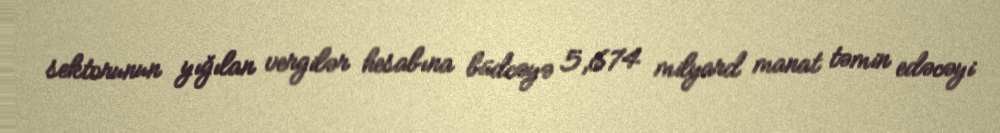
sektorunun yığılan vergilər hesabına büdcəyə 5,674 milyard manat təmin edəcəyi